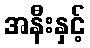
အနီးနှင့်